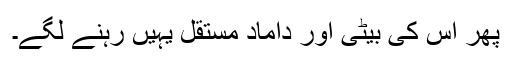
پھر اس کی بیٹی اور داماد مستقل یہیں رہنے لگے۔